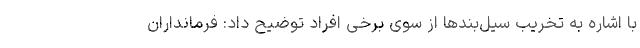
با اشاره به تخریب سیل‌بندها از سوی برخی افراد توضیح داد: فرمانداران